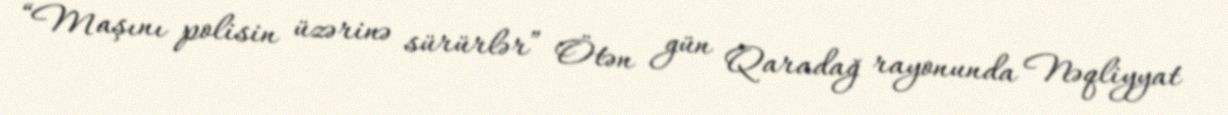
“Maşını polisin üzərinə sürürlər” Ötən gün Qaradağ rayonunda Nəqliyyat